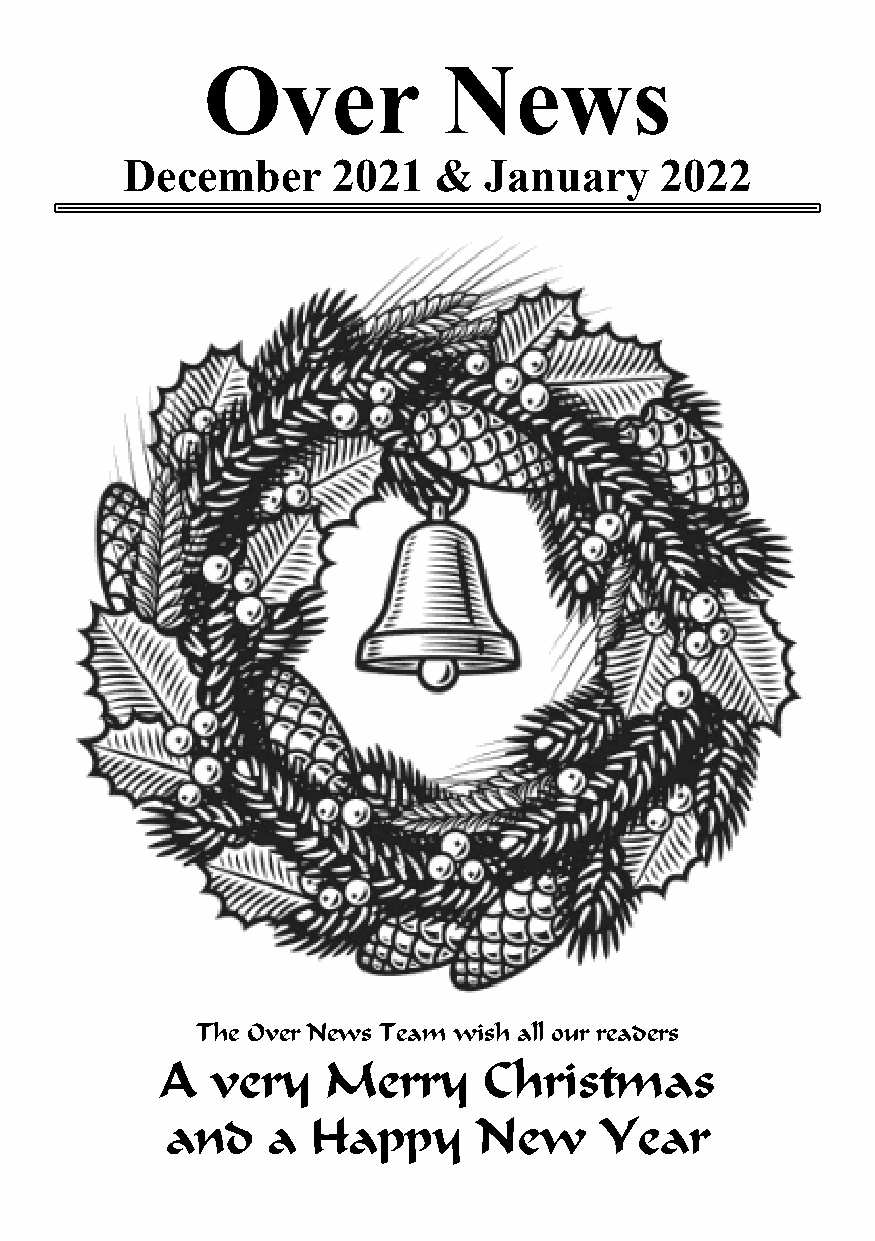
Over            News
 December      2021   &  January     2022
 The Over News Team wish all our readers
 A  very    Merry     Christmas
 and    a  Happy      New     Year